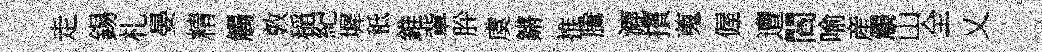
走錫札晏精觸敦稲紀墀秪錐軰肸虞鏘推騰漉擯蒐偓遭閻喻産觸山全乂